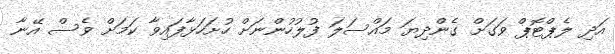
އަދި ލެޕްޓޮޕް ވަގަށް ގެންދިޔަ މައްސަލަ ފުލުހުންނަށް ހުށަހަޅާފައިވާ ކަމަށް ވެސް އޭނާ